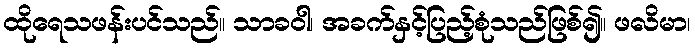
ထိုရေသဖန်းပင်သည်။ သာခဝါ၊ အခက်နှင့်ပြည့်စုံသည်ဖြစ်၍။ ဖလိမာ၊